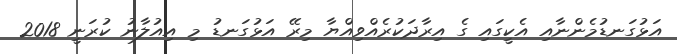
އަޅުގަނޑުމެންނާއި އެކީގައި ގެ އިރާދަކުރެއްވިއްޔާ މިރޭ އަޅުގަނޑު މި އިއުލާނު ކުރަނީ 2018